Annual report on the health of the army in India
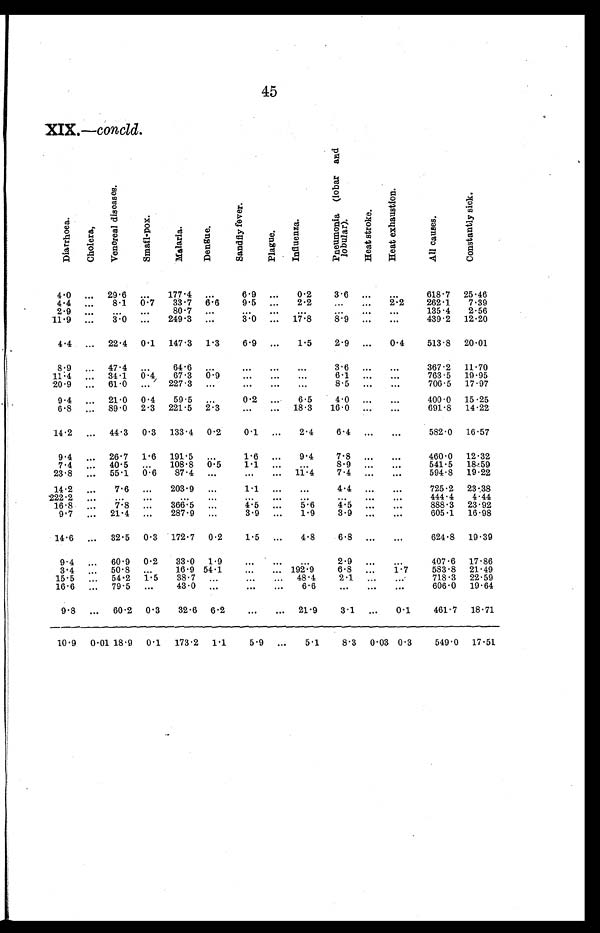
45
XIX.— concld.
Di a r r h o e a .
Chol er a.
V e n e r a l d i s e a s e s
S ma l l - p o x
Ma l a r i a .
D e n g u e .
S a n d f l y f e v e r .
P l a g u e .
I n f l u e n z a .
P n e u m o n i a ( l o b a r a n d l o b u l a r )
He a t S t r o k e .
H e a t e x h a u s t i o n
Al l c a u s e s .
C o n s t a n t l y s i c k .
4.0 ... 29.6 ... 177.4 ...
6.9 ... 0.2
3.6 ... ...
618.7 25.46
4.4 ... 8.1 0.7 33.7 6.6
9.5 ... 2.2
... ...
2.2
262.1 7.39
2 . 9
... ... ...
8 0 . 7
... ...
... ...
...
... ...
135.4 2.56
11.9 ... 3.0 ... 249.3 ...
3.0
. . 17.8
8.9 ... ...
439.2 12.20
4.4 ... 22.4 0.1 147.3 1.3
6.9 ... 1.5
2.9 ... 0.4
513.8 20.01
8.9 ... 47.4 ...
64.6 ... ...
... ...
3.6
... ...
367.2 11.70
11.4 ... 34.1 0.4
67.3 0.9
... ...
...
6 . 1
... ...
763.5 19.95
20.9 ... 61.0 ... 227.3 ...
... ... ...
8.5 ... ...
706.5 17.97
9.4 ... 21.0 0.4 59.5 ...
0.2 ...
6.5
4.0 ... ...
400.0 15.25
6.8 ... 89.0 2.3 221.5 2.3
... ... 18.3 16.0 ... ...
691.8 14.22
14.2 ... 44.3 0.3 133.4 0.2
0.1 ... 2.4
6.4 ... ...
582.0 16.57
9.4 ... 26.7 1.6 191.5 ...
1.6 ... 9.4
7.8 ... ...
460.0 12.32
7.4 ... 40.5 ... 108.8 0.5
1.1 ...
...
8 . 9
... ...
541.5 18.59
23.8 ... 55.1 0.6 87.4 ... ...
...
11.4
7.4 ... ...
594.8 19.22
14.2 ...
7.6 ... 203.9 ...
1 . 1
... ...
4.4 ... ...
725.2 23.38
222.2 ... ... ... ...
... ...
... ...
...
...
...
444.4 4.44
16.8 ... 7.8 ... 366.5 ...
4.5 ...
5.6
4.5 ... ...
888.3 23.92
9.7 ... 21.4 ... 287.9 ...
3.9 ... 1.9
3.9 ... ...
605.1 16.98
14.6 ... 32.5 0.3 172.7 0.2
1.5 ... 4.8
6.8 ... ...
624.8 19.39
9.4 ... 60.9 0.2 33.0 1.9
... ... ...
2.9 ... ...
407.6 17.86
3.4 ... 50.8 ...
16.9 54.1
...
... 192.9
6.8 ...
1.7
583.8 21.49
15.5 ... 54.2 1.5 38.7 ...
... ... 48.4
2.1 ... ...
718.3 22.59
16.6 ... 79.5 ...
43.0 ...
... ... 6.6
... ... ...
606.0 19.64
9.8 ... 60.2 0.3 32.6 6.2
... ... 21.9
3.1 ... 0.1
461.7 18.71
10.9 0.01 18.9 0.1 173.2 1.1
5.9 ...
5.1
8.3 0.03 0.3
549.0 17.51